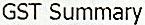
GST SUMMARY